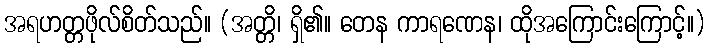
အရဟတ္တဖိုလ်စိတ်သည်။ (အတ္တိ၊ ရှိ၏။ တေန ကာရဏေန၊ ထိုအကြောင်းကြောင့်။)